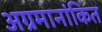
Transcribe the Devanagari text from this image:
अग्रमानांकित